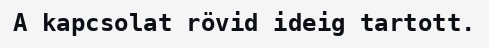
A kapcsolat rövid ideig tartott.